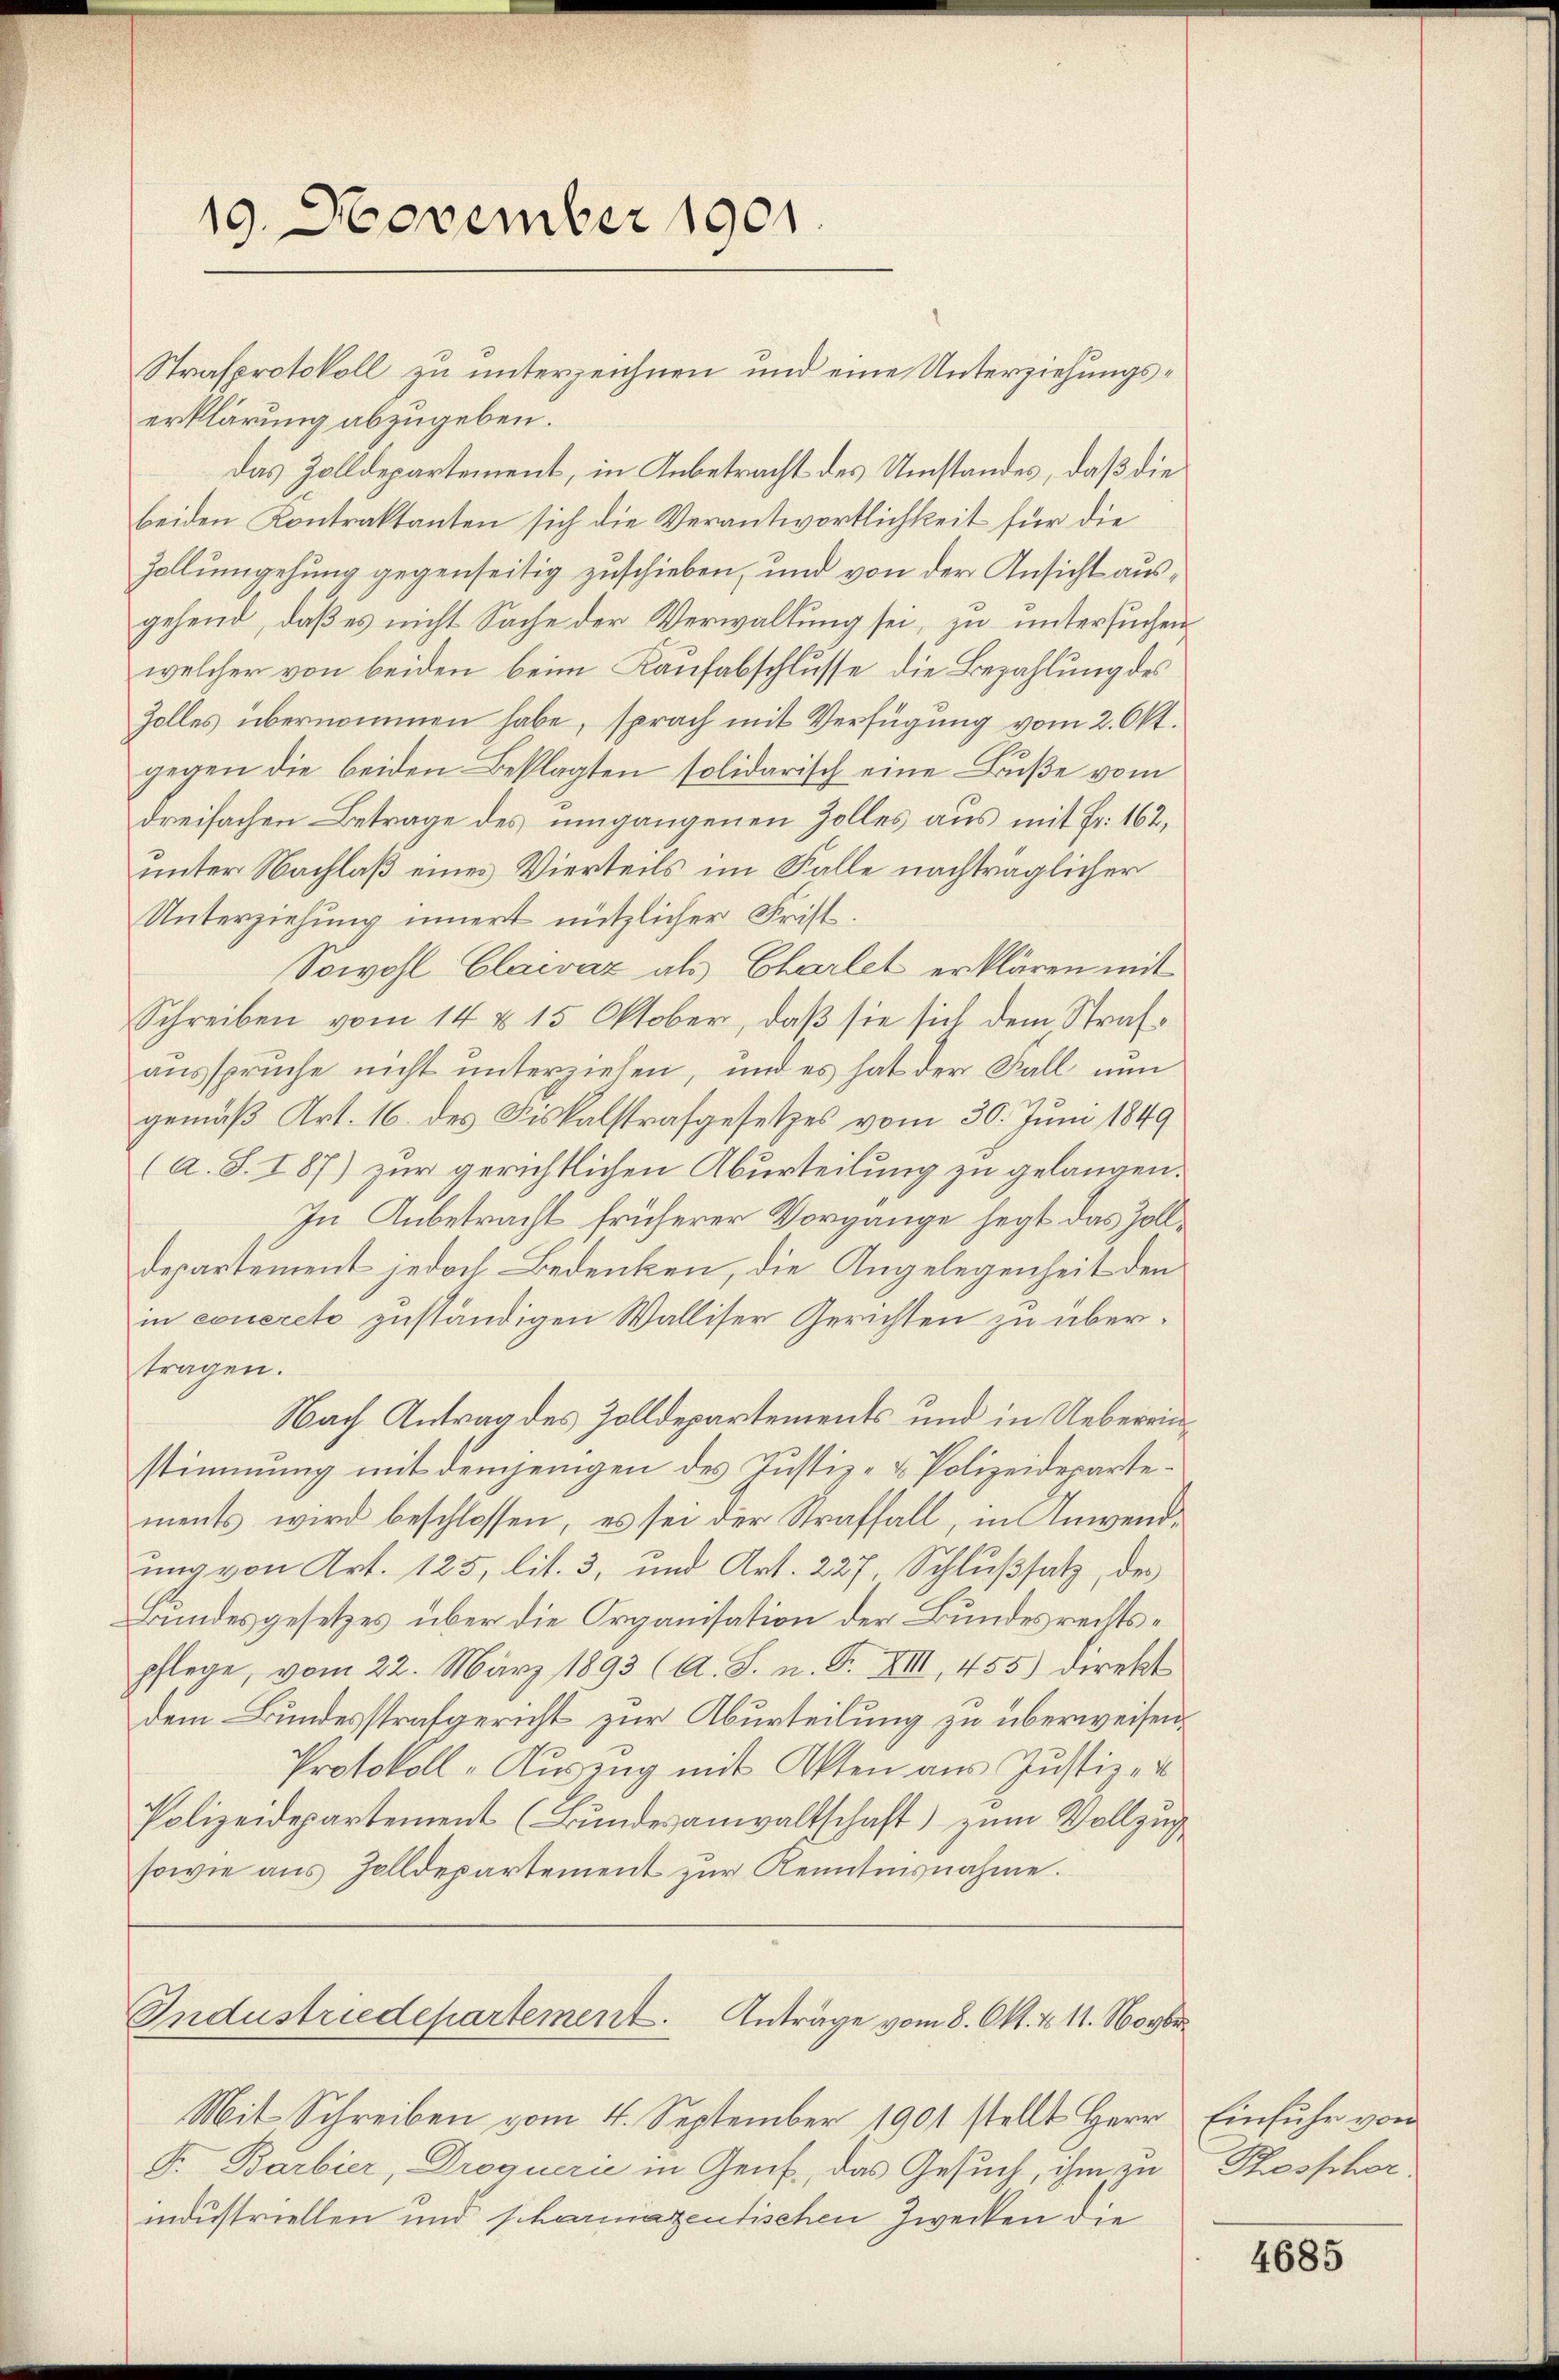
19. November 1901.

Strafprotokoll zu unterzeichnen und eine Unterziehungserklärung abzugeben.
das Zolldepartement, in Anbetracht des Umstandes, daß die
beiden Kontraktanten sich die Verantwortlichkeit für die
Zollumgehung gegenseitig zuschieben, und von der Ansicht ausgehend, daß es nicht Sache der Verwaltung sei, zu untersuchen
welcher von beiden beim Kaufabschlusse die Bezahlung des
Zolles übernommen habe, sprach mit Verfügung vom 2. Okt.
gegen die beiden Beklagten solidarisch eine Buße vom
dreifachen Betrage des umgangenen Zolles aus mit Fr. 162,
unter Nachlaß eines Vierteils im Falle nachträglicher
Unterziehung innert nützlicher Frist.
Sowohl Claivaz als Chartet erklären mit
Schreiben vom 14 x 15 Oktober, daß sie sich dem Strafausspruche nicht unterziehen, und es hat der Fall nun
gemäß Art. 16. des Fiskalstrafgesetzes vom 30. Juni 1849
(a. S. 187) zur gerichtlichen Aburteilung zu gelangen.
In Anbetracht früherer Vorgange hegt das Zolldepartement jedoch Bedenken, die Angelegenheit den
in concreto zuständigen Walliser Gerichten zu übertragen.
Nach Antrag des Zolldepartements und in Uebereinstimmung mit demjenigen des Justiz- & Polizeidepartements wird beschlossen, es sei der Straffall, in Anwendung von Art. 125, lit. 3, und Art. 227, Schlußsatz, des
Bundesgesetzes über die Organisation der Bundesrechtspflege, vom 22. März 1893 (A. S. n. F. VIII, 455) Direkt
dem Bundesstrafgericht zur Aburteilung zu überweisen.
Protokoll-Auszug mit Akten aus Justiz-
Polizeidepartement (Bundesanwaltschaft) zum Vollzug
sowie aus Zolldepartement zŭr Kenntnisnahme.
Industriedepartement. Anträge vom 8. Okt. 111. Novbr.
Mit Schreiben vom 4. September 1901 stellt Herr
F. Barbier, Drogueri in Genf, das Gesuch, ihm zu
industriellen und scharmazentischen Zwecken die

Einfuhr von
Kesscher.

4685